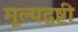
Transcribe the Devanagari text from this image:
मूल्यदृष्टी